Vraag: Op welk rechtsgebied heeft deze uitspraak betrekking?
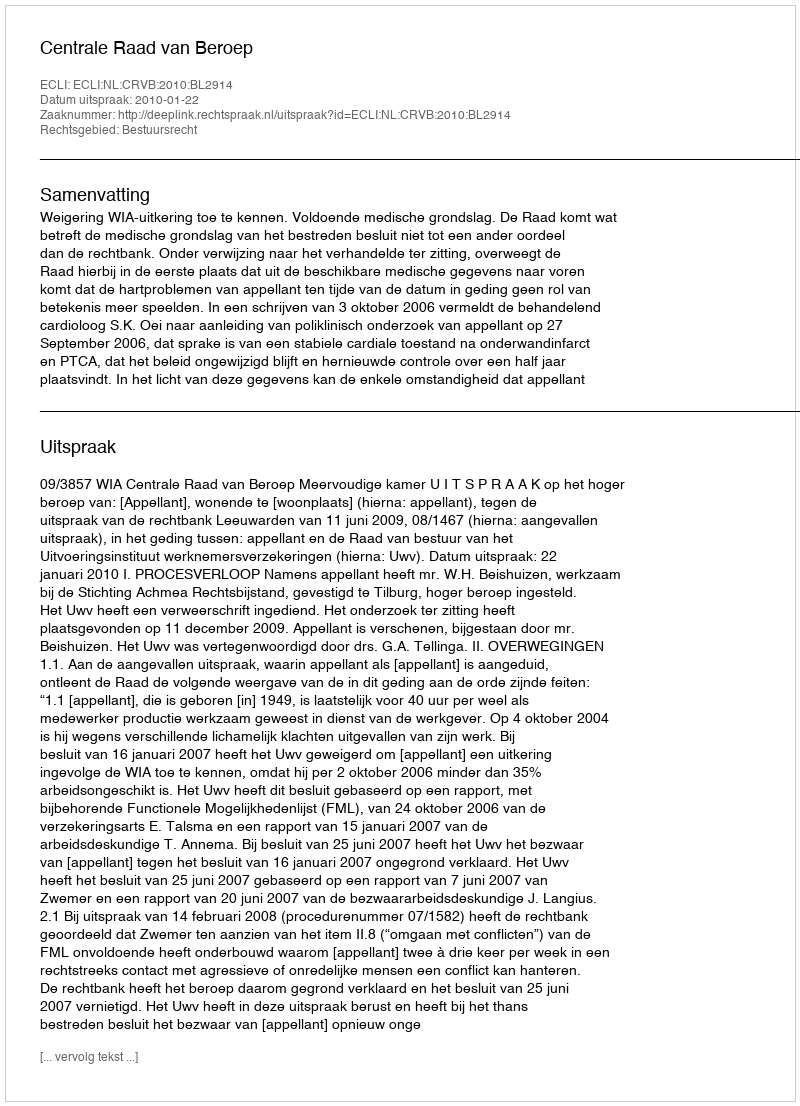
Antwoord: Bestuursrecht